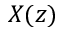
X ( z )